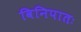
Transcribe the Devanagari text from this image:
विनिपातः